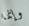
وإنما